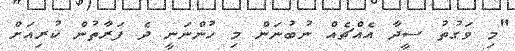
"މި ވަގުުތު ސީދާ އެއްޗެއް ނުބުނަން މި ހުންނަނީ ދެ ފަރާތުން ކުރިއަށް